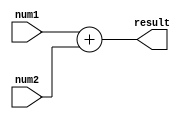
module fixed_point_adder (
    input [15:0] num1, // input port representing the first fixed-point number
    input [15:0] num2, // input port representing the second fixed-point number
    output reg [15:0] result // output port delivering the result of the addition
);

    always @(*) begin
        result = num1 + num2; // perform fixed-point addition
    end

endmodule